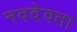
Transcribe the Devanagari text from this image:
नवदेवता